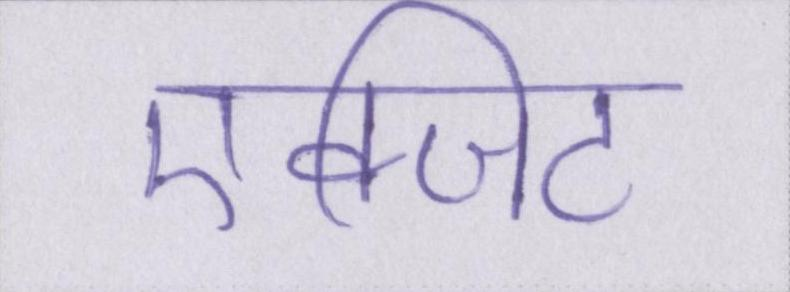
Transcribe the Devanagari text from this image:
एक्जिट